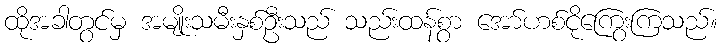
ထိုအခါတွင်မှ အမျိုးသမီးနှစ်ဦးသည် သည်းထန်စွာ အော်ဟစ်ငိုကြွေးကြသည်။